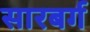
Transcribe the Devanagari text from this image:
सारबर्ग